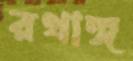
রথাঙ্গ